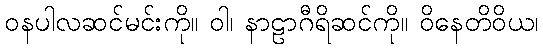
ဝနပါလဆင်မင်းကို။ ဝါ၊ နာဠာဂီရိဆင်ကို။ ဝိနေတိဝိယ၊